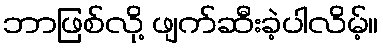
ဘာဖြစ်လို့ ဖျက်ဆီးခဲ့ပါလိမ့်။